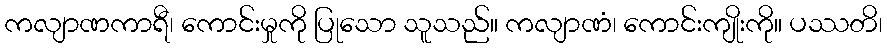
ကလျာဏကာရီ၊ ကောင်းမှုကို ပြုသော သူသည်။ ကလျာဏံ၊ ကောင်းကျိုးကို။ ပဿတိ၊